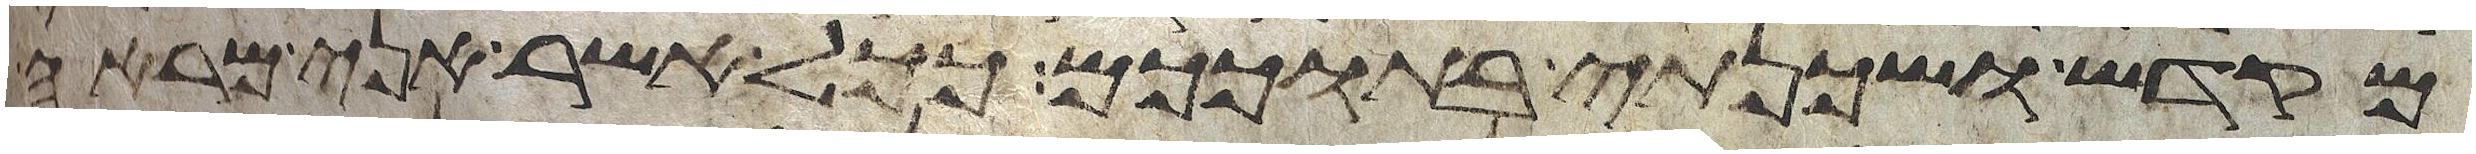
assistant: מקדש ושכנתי בתוככם ככל אשר אני מראה